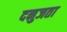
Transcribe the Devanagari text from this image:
दनुजता